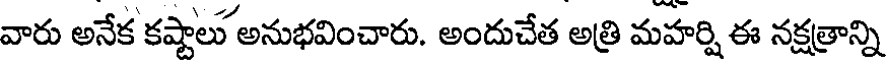
వారు అనేక కష్టాలు అనుభవించారు. అందుచేత అత్రి మహర్షి ఈ నక్షత్రాన్ని